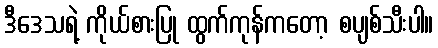
ဒီဒေသရဲ့ ကိုယ်စားပြု ထွက်ကုန်ကတော့ စပျစ်သီးပါ။